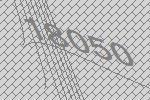
18050